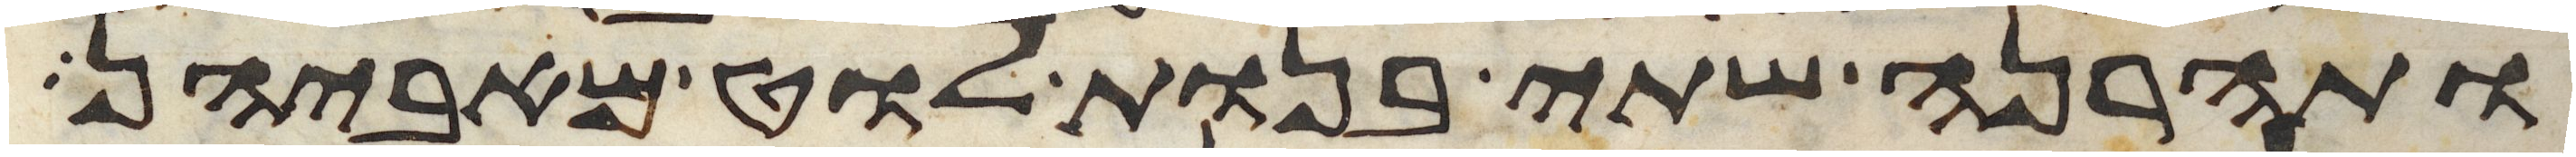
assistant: ותהרנה שתי בנות לוט מאביהן